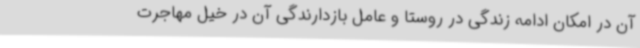
آن در امکان ادامه زندگی در روستا و عامل بازدارندگی آن در خیل مهاجرت